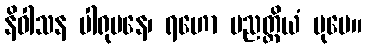
နိဝါသန ပါရုပနေ၊ ရဟော ပညတ္တိယံ ပုမေ။